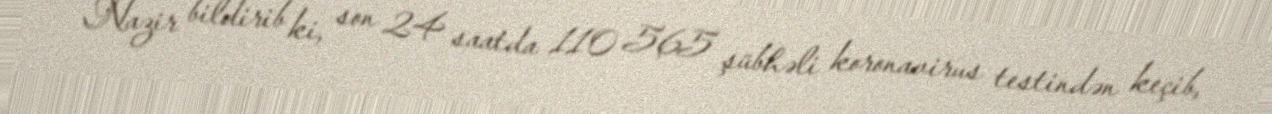
Nazir bildirib ki, son 24 saatda 110 565 şübhəli koronavirus testindən keçib,